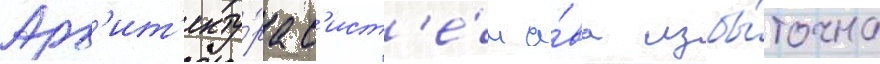
Арх'ит'екту́ра с'ист'е́м а́ва избы́точна